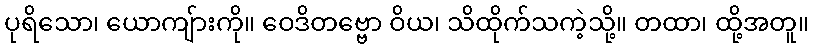
ပုရိသော၊ ယောကျ်ားကို။ ဝေဒိတဗ္ဗော ဝိယ၊ သိထိုက်သကဲ့သို့။ တထာ၊ ထို့အတူ။